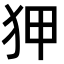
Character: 狎